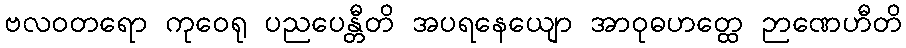
ဗလဝတရော ကုဝေရု ပညပေန္တီတိ အပရနေယျော အာဝုဓဟတ္ထေ ဉာဏေဟီတိ